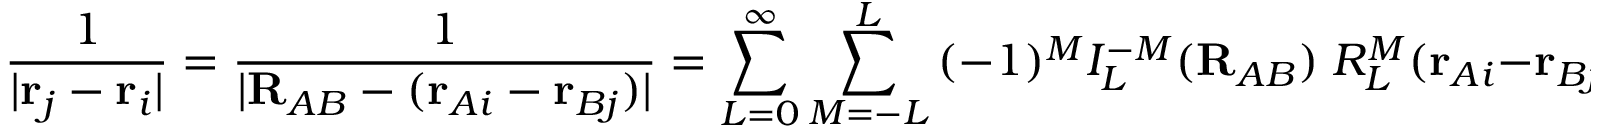
{ \frac { 1 } { | \mathbf { r } _ { j } - \mathbf { r } _ { i } | } } = { \frac { 1 } { | \mathbf { R } _ { A B } - ( \mathbf { r } _ { A i } - \mathbf { r } _ { B j } ) | } } = \sum _ { L = 0 } ^ { \infty } \sum _ { M = - L } ^ { L } \, ( - 1 ) ^ { M } I _ { L } ^ { - M } ( \mathbf { R } _ { A B } ) \; R _ { L } ^ { M } ( \mathbf { r } _ { A i } - \mathbf { r } _ { B j } ) ,